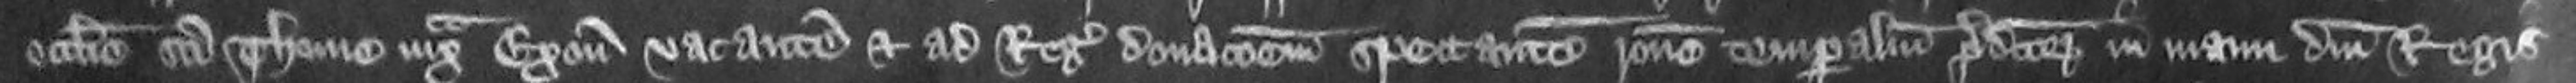
ecclesie Sancte Thome iuxta Exonia vacantem et ad Regis donacionem spectantem ratione temporalium predictorum in manu domini regis